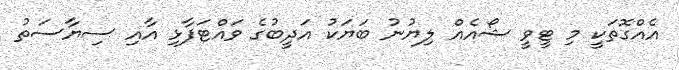
އެއްގޮތަކީ މި ޓީވީ ޝޯއެއް ލިޔުނު ބަޔަކު އަދީބުގެ ވައްޓަފާޅި އާއި ސިޔާސަތު